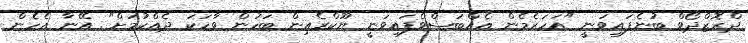
ދްރޮޒްދޯވް ބުނެފައިވަނީ "އަހަރެމެން އެއްބަސްވެފައިވަނީ ޔޫކްރެއިން ބަހުން ވާހަކަ ދެއްކުމަށް". އޭނާ އެހެން